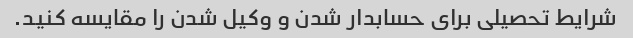
شرایط تحصیلی برای حسابدار شدن و وکیل شدن را مقایسه کنید.